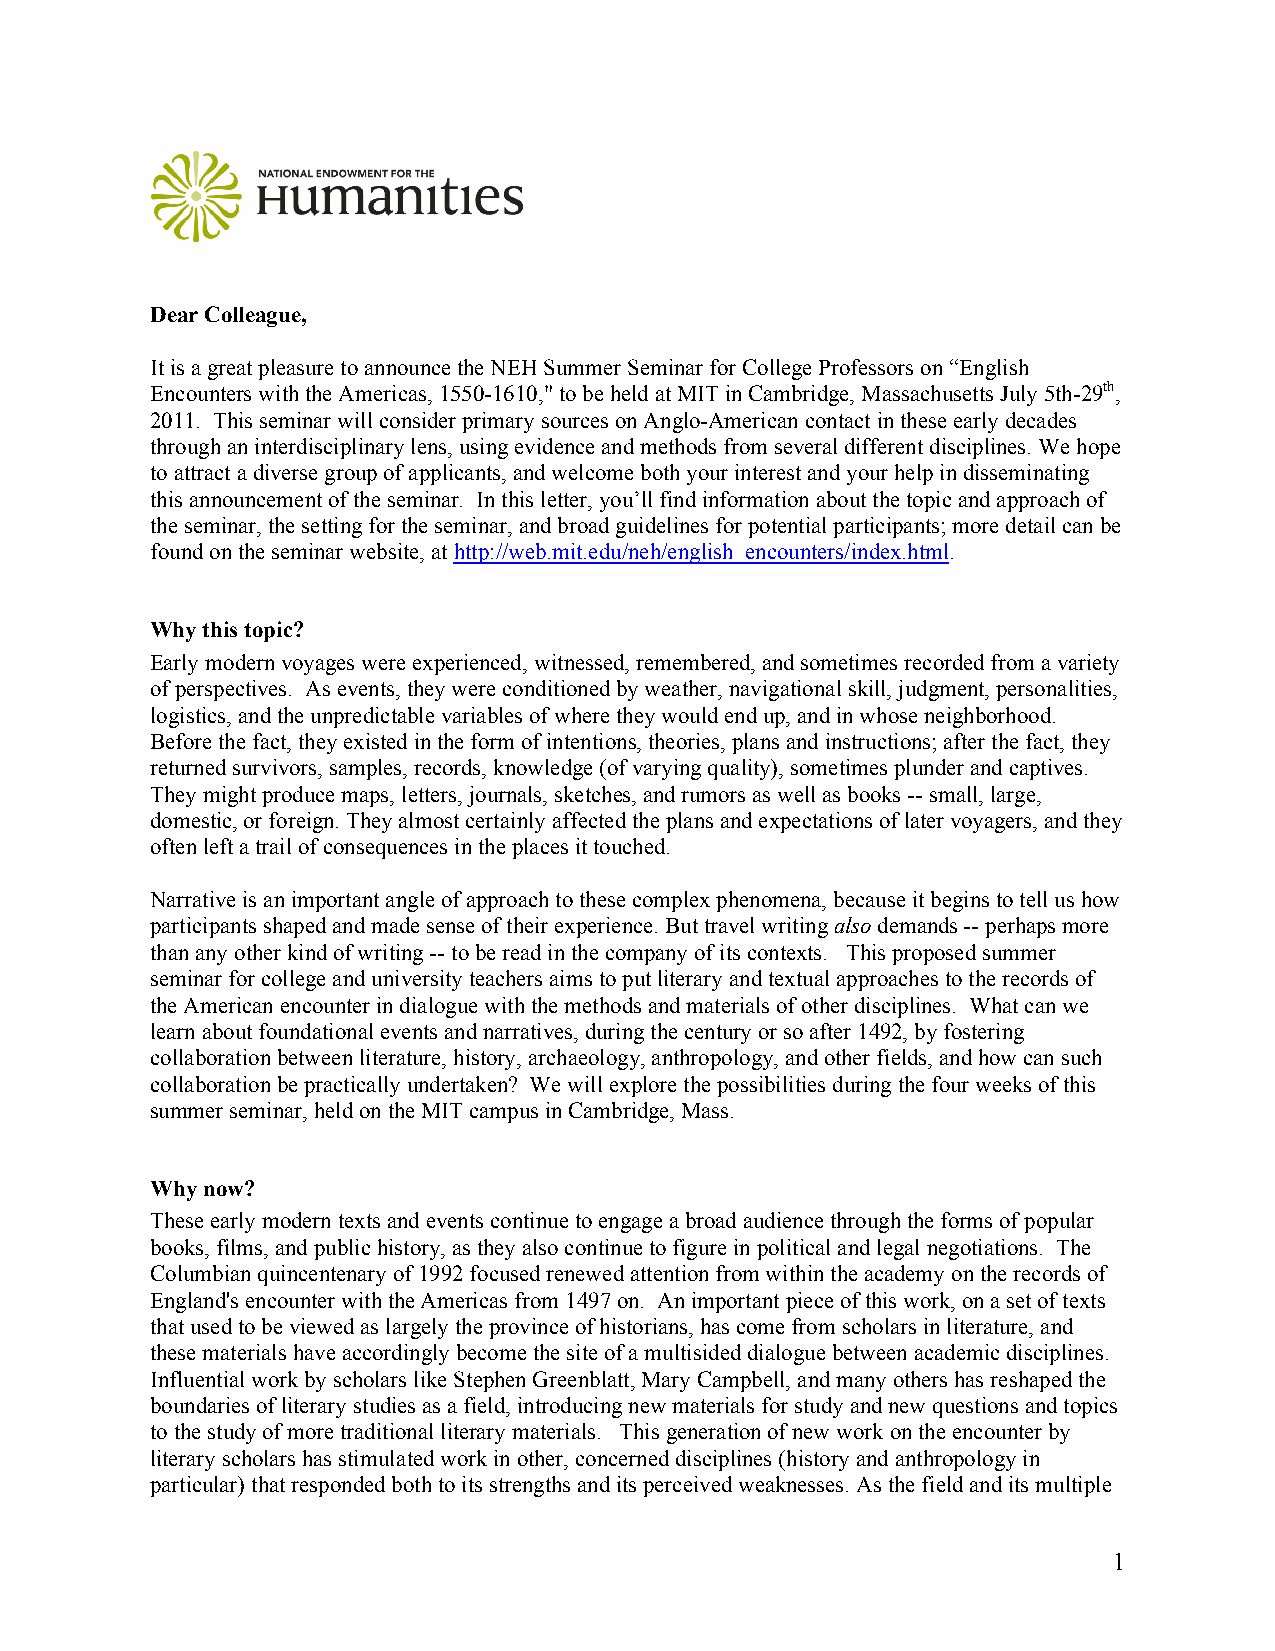
Dear Colleague,
 It is a great pleasure to announce the NEH Summer Seminar for College Professors on “English
 Encounters with the Americas, 1550-1610," to be held at MIT in Cambridge, Massachusetts July 5th-29th,
 2011. This seminar will consider primary sources on Anglo-American contact in these early decades
 through an interdisciplinary lens, using evidence and methods from several different disciplines. We hope
 to attract a diverse group of applicants, and welcome both your interest and your help in disseminating
 this announcement of the seminar. In this letter, you’ll find information about the topic and approach of
 the seminar, the setting for the seminar, and broad guidelines for potential participants; more detail can be
 found on the seminar website, at http://web.mit.edu/neh/english_encounters/index.html.
 Why this topic?
 Early modern voyages were experienced, witnessed, remembered, and sometimes recorded from a variety
 of perspectives. As events, they were conditioned by weather, navigational skill, judgment, personalities,
 logistics, and the unpredictable variables of where they would end up, and in whose neighborhood.
 Before the fact, they existed in the form of intentions, theories, plans and instructions; after the fact, they
 returned survivors, samples, records, knowledge (of varying quality), sometimes plunder and captives.
 They might produce maps, letters, journals, sketches, and rumors as well as books -- small, large,
 domestic, or foreign. They almost certainly affected the plans and expectations of later voyagers, and they
 often left a trail of consequences in the places it touched.
 Narrative is an important angle of approach to these complex phenomena, because it begins to tell us how
 participants shaped and made sense of their experience. But travel writing also demands -- perhaps more
 than any other kind of writing -- to be read in the company of its contexts. This proposed summer
 seminar for college and university teachers aims to put literary and textual approaches to the records of
 the American encounter in dialogue with the methods and materials of other disciplines. What can we
 learn about foundational events and narratives, during the century or so after 1492, by fostering
 collaboration between literature, history, archaeology, anthropology, and other fields, and how can such
 collaboration be practically undertaken? We will explore the possibilities during the four weeks of this
 summer seminar, held on the MIT campus in Cambridge, Mass.
 Why now?
 These early modern texts and events continue to engage a broad audience through the forms of popular
 books, films, and public history, as they also continue to figure in political and legal negotiations. The
 Columbian quincentenary of 1992 focused renewed attention from within the academy on the records of
 England's encounter with the Americas from 1497 on. An important piece of this work, on a set of texts
 that used to be viewed as largely the province of historians, has come from scholars in literature, and
 these materials have accordingly become the site of a multisided dialogue between academic disciplines.
 Influential work by scholars like Stephen Greenblatt, Mary Campbell, and many others has reshaped the
 boundaries of literary studies as a field, introducing new materials for study and new questions and topics
 to the study of more traditional literary materials. This generation of new work on the encounter by
 literary scholars has stimulated work in other, concerned disciplines (history and anthropology in
 particular) that responded both to its strengths and its perceived weaknesses. As the field and its multiple
 1